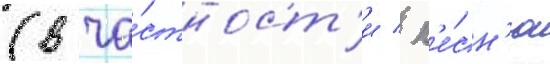
(в ча́стност'и / п'е́сн'ю